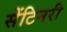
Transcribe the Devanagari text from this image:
सेंटिनरी